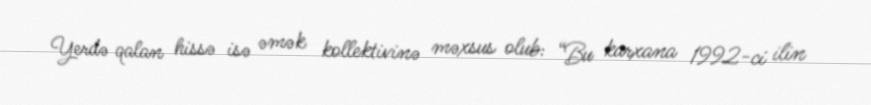
Yerdə qalan hissə isə əmək kollektivinə məxsus olub: “Bu karxana 1992-ci ilin